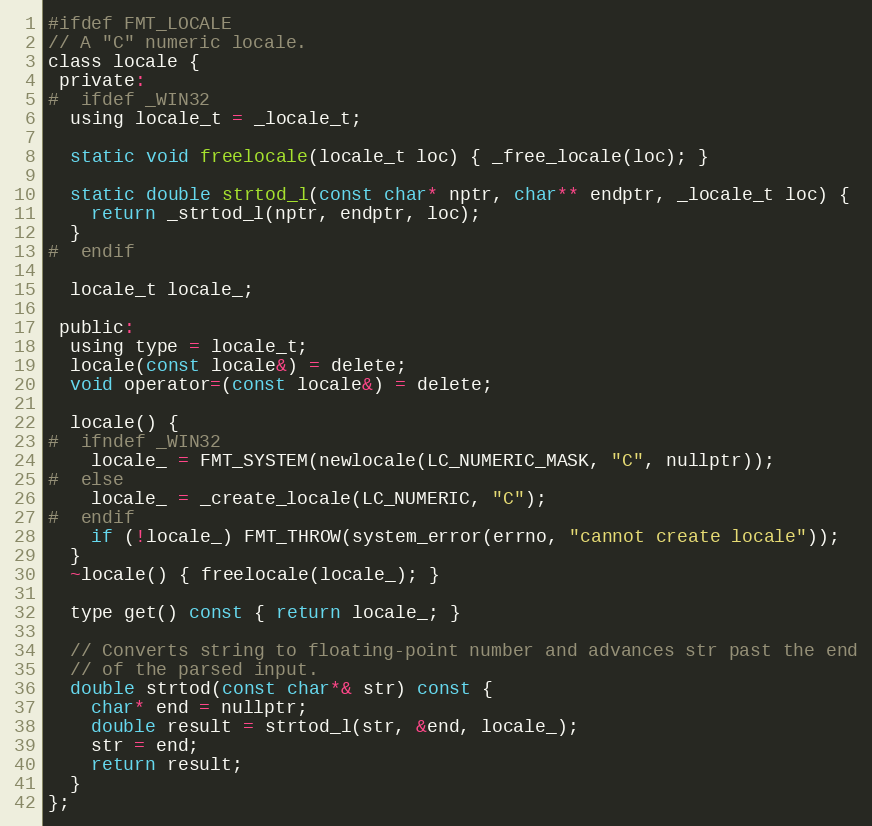
Language: C
#ifdef FMT_LOCALE
// A "C" numeric locale.
class locale {
 private:
#  ifdef _WIN32
  using locale_t = _locale_t;

  static void freelocale(locale_t loc) { _free_locale(loc); }

  static double strtod_l(const char* nptr, char** endptr, _locale_t loc) {
    return _strtod_l(nptr, endptr, loc);
  }
#  endif

  locale_t locale_;

 public:
  using type = locale_t;
  locale(const locale&) = delete;
  void operator=(const locale&) = delete;

  locale() {
#  ifndef _WIN32
    locale_ = FMT_SYSTEM(newlocale(LC_NUMERIC_MASK, "C", nullptr));
#  else
    locale_ = _create_locale(LC_NUMERIC, "C");
#  endif
    if (!locale_) FMT_THROW(system_error(errno, "cannot create locale"));
  }
  ~locale() { freelocale(locale_); }

  type get() const { return locale_; }

  // Converts string to floating-point number and advances str past the end
  // of the parsed input.
  double strtod(const char*& str) const {
    char* end = nullptr;
    double result = strtod_l(str, &end, locale_);
    str = end;
    return result;
  }
};